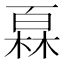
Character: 𤾓